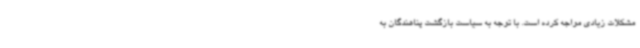
مشکلات زیادی مواجه کرده است. با توجه به سیاست بازگشت پناهندگان به